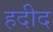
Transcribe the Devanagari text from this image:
हदीद